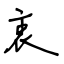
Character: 衷